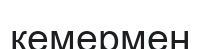
кемермен